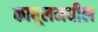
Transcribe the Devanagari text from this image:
काबूलमधील